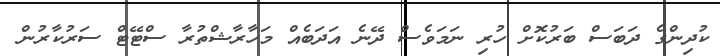
ކުދިންގެ ދަބަސް ބަރުކޮށް ހުރި ނަމަވެސް ދޭނެ އަދަބެއް މަހާރާޝްތުރާ ސްޓޭޓް ސަރުކާރުން